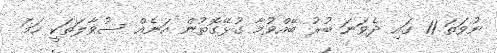
ނުވަތަ 11 ގައި ދެވަނަ ބުރު ބޭއްވުމާ ގުޅޭގޮތުން އަނެއް ސުވާލަތަކީ ހަމަ